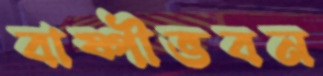
বাষ্পীভবন